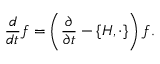
{ \frac { d } { d t } } f = \left( { \frac { \partial } { \partial t } } - \{ H , \cdot \} \right) f .